Account of plague administration in the Bombay Presidency from September 1896 till May 1897
Year: 1896
Disease focus: Plague
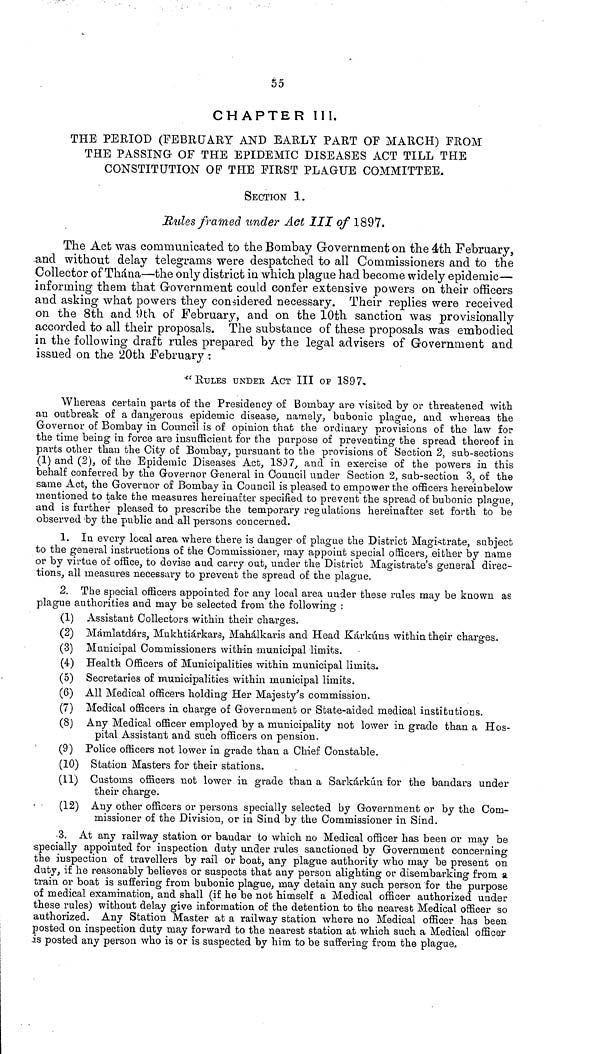
55
CHAPTER III.
THE PERIOD (FEBRUARY AND EARLY PART OF MARCH) FROM
THE PASSING OF THE EPIDEMIC DISEASES ACT TILL THE
CONSTITUTION OP THE FIRST PLAGUE COMMITTEE.
SECTION 1.
Rules framed under Act III of 1897.
The Act was communicated to the Bombay Government on the 4th February,
and without delay telegrams were despatched to all Commissioners and to the
Collector of Thána—the only district in which plague had become widely epidemic—
informing them that Government could confer extensive powers on their officers
and asking what powers they considered necessary. Their replies were received
on the 8th and 9th of February, and on the 10th sanction was provisionally
accorded to all their proposals. The substance of these proposals was embodied
in the following draft rules prepared by the legal advisers of Government and
issued on the 20th February:
"RULES UNDER ACT III OP 1897,
Whereas certain parts of the Presidency of Bombay are visited by or threatened with
an outbreak of a dangerous epidemic disease, namely, bubonic plague, and whereas the
Governor of Bombay in Council is of opinion that the ordinary provisions of the law for
the time being in force are insufficient for the purpose of preventing the spread thereof in
parts other than the City of Bombay, pursuant to the provisions of Section 2, sub-sections
(1) and (2), of the Epidemic Diseases Act, 1897, and in exercise of the powers in this
behalf conferred by the Governor General in Council under Section 2, sub-section 3, of the
same Act, the Governor of Bombay in Council is pleased to empower the officers hereinbelow
mentioned to take the measures hereinafter specified to prevent the spread of bubonic plague,
and is further pleased to prescribe the temporary regulations hereinafter set forth to be
observed by the public and all persons concerned.
1. In every local area where there is danger of plague the District Magistrate, subject
to the general instructions of the Commissioner, may appoint special officers, either by name
or by virtue of office, to devise and carry out, under the District Magistrate's general direc-
tions, all measures necessary to prevent the spread of the plague.
2. The special officers appointed for any local area under these rules may be known as
plague authorities and may be selected from the following:
(1) Assistant Collectors within their charges.
(2) Mamlatdárs, Mukhtiárkars, Mahálkaris and Head Kárkúns within their charges.
(3) Municipal Commissioners within municipal limits.
(4) Health Officers of Municipalities within municipal limits.
(5) Secretaries of municipalities within municipal limits.
(6) All Medical officers holding Her Majesty's commission.
(7) Medical officers in charge of Government or State-aided medical institutions.
(8) Any Medical officer employed by a municipality not lower in grade than a Hos-
pital Assistant and such officers on pension.
(9) Police officers not lower in grade than a Chief Constable.
(10) Station Masters for their stations.
(11) Customs officers not lower in grade than a Sarkárkún for the bandars under
their charge.
(12) Any other officers or persons specially selected by Government or by the Com-
missioner of the Division, or in Sind by the Commissioner in Sind.
3. At any railway station or bandar to which no Medical officer has been or may be
specially appointed for inspection duty under rules sanctioned by Government concerning
the inspection of travellers by rail or boat, any plague authority who may be present on
duty, if he reasonably believes or suspects that any person alighting or disembarking from a
train or boat is suffering from bubonic plague, may detain any such person for the purpose
of medical examination, and shall (if he be not himself a Medical officer authorized under
these rules) without delay give information of the detention to the nearest Medical officer so
authorized. Any Station Master at a railway station where no Medical officer has been
posted on inspection duty may forward to the nearest station at which such a Medical officer
is posted any person who is or is suspected by him to be suffering from the plague.